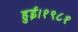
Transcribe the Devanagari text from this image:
हुई।१९८१